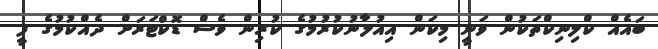
ބައެއް ކްލިނިކްތަކުން ވަނީ މިކަން އިއުލާނުކުރުމުގެ ކުރިން ވެސް ޑޮކްޓަރަށް ދެއްކުމުގެ ފީ